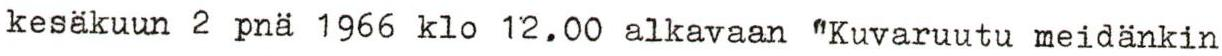
kesäkuun 2 pnä 1966 klo 12.00 alkavaan "Kuvaruutu meidänkin